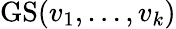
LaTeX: \operatorname{GS}(v_{1},\dots,v_{k})